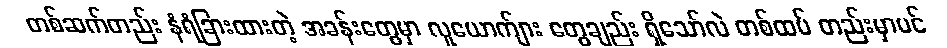
တစ်ဆက်တည်း နံရံခြားထားတဲ့ အခန်းတွေမှာ လူယောက်ျား တွေချည်း ရှိသော်လဲ တစ်ထပ် တည်းမှာပင်